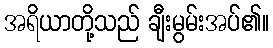
အရိယာတို့သည် ချီးမွမ်းအပ်၏။